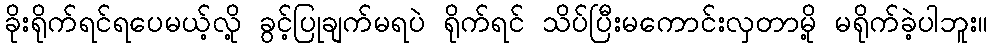
ခိုးရိုက်ရင်ရပေမယ့်လို့ ခွင့်ပြုချက်မရပဲ ရိုက်ရင် သိပ်ပြီးမကောင်းလှတာမို့ မရိုက်ခဲ့ပါဘူး။